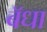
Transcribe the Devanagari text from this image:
बॅधा